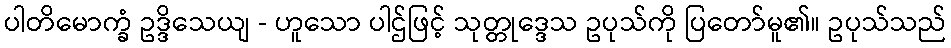
ပါတိမောက္ခံ ဥဒ္ဒိသေယျ - ဟူသော ပါဌ်ဖြင့် သုတ္တုဒ္ဒေသ ဥပုသ်ကို ပြတော်မူ၏။ ဥပုသ်သည်